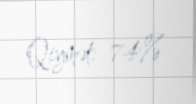
Qiymət: 74%